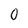
Character: O